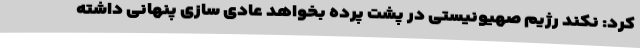
کرد: نکند رژیم صهیونیستی در پشت پرده بخواهد عادی سازی پنهانی داشته